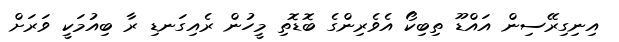
އިނިގިރޭސިން އައްޑޫ ތިބިކޯ އެވެރިންގެ ބޮޑޮތި މީހުން ރެއިގަނޑި ރާ ބިއުމަކީ ވަރަށް